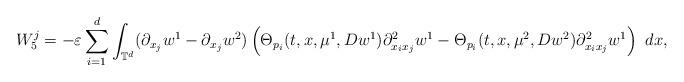
LaTeX: \begin{align*}W^{j}_{5}=-\varepsilon\sum_{i=1}^{d}\int_{\mathbb{T}^{d}}(\partial_{x_{j}}w^{1}-\partial_{x_{j}}w^{2})\left(\Theta_{p_{i}}(t,x,\mu^{1},Dw^{1})\partial^{2}_{x_{i}x_{j}}w^{1}-\Theta_{p_{i}}(t,x,\mu^{2},Dw^{2})\partial^{2}_{x_{i}x_{j}}w^{1}\right)\ dx,\end{align*}